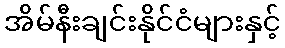
အိမ်နီးချင်းနိုင်ငံများနှင့်